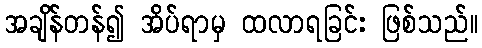
အချိန်တန်၍ အိပ်ရာမှ ထလာရခြင်း ဖြစ်သည်။